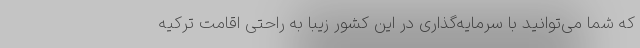
که شما می‌توانید با سرمایه‌گذاری در این کشور زیبا به راحتی اقامت ترکیه